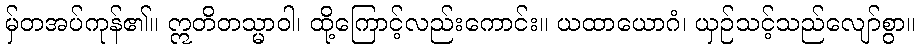
မှ်တအပ်ကုန်၏။ ဣတိတသ္မာဝါ၊ ထို့ကြောင့်လည်းကောင်း။ ယထာယောဂံ၊ ယှဉ်သင့်သည်လျော်စွာ။